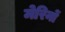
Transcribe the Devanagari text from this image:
मेरिनों